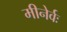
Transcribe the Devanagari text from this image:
मीनेर्वः